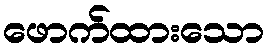
ဖောက်ထားသော